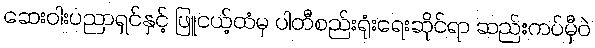
ဆေးဝါးပညာရှင်နှင့် ဖြူငယ့်ထံမှ ပါတီစည်းရုံးရေးဆိုင်ရာ ဆည်းကပ်မှီဝဲ